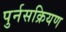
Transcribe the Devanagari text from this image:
पुर्नसक्रियण